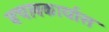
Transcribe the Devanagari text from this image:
बचावकार्यास